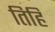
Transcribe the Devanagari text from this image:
तिहिं